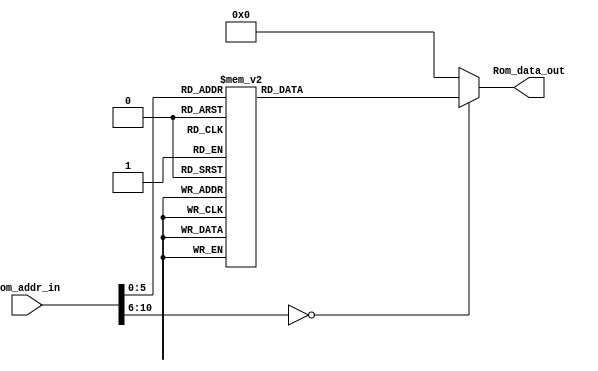
module Program_Rom(Rom_data_out, Rom_addr_in);

//---------
    output [13:0] Rom_data_out;
    input [10:0] Rom_addr_in; 
//---------
    
    reg   [13:0] data;
    wire  [13:0] Rom_data_out;
    
    always @(Rom_addr_in)
        begin
            case (Rom_addr_in)
                10'h0 : data = 14'h01A5;
                10'h1 : data = 14'h0103;
                10'h2 : data = 14'h3001;
                10'h3 : data = 14'h00A5;
                10'h4 : data = 14'h35A5;
                10'h5 : data = 14'h0825;
                10'h6 : data = 14'h008D;
                10'h7 : data = 14'h3003;
                10'h8 : data = 14'h00A0;
                10'h9 : data = 14'h01A1;
                10'ha : data = 14'h01A2;
                10'hb : data = 14'h0BA2;
                10'hc : data = 14'h280B;
                10'hd : data = 14'h0BA1;
                10'he : data = 14'h280A;
                10'hf : data = 14'h0BA0;
                10'h10 : data = 14'h2809;
                10'h11 : data = 14'h1FA5;
                10'h12 : data = 14'h2804;
                10'h13 : data = 14'h36A5;
                10'h14 : data = 14'h0825;
                10'h15 : data = 14'h008D;
                10'h16 : data = 14'h3003;
                10'h17 : data = 14'h00A0;
                10'h18 : data = 14'h01A1;
                10'h19 : data = 14'h01A2;
                10'h1a : data = 14'h0BA2;
                10'h1b : data = 14'h281A;
                10'h1c : data = 14'h0BA1;
                10'h1d : data = 14'h2819;
                10'h1e : data = 14'h0BA0;
                10'h1f : data = 14'h2818;
                10'h20 : data = 14'h1C25;
                10'h21 : data = 14'h2813;
                10'h22 : data = 14'h2804;
                10'h23 : data = 14'h3400;
                10'h24 : data = 14'h3400;
                default: data = 14'h0;   
            endcase
        end

     assign Rom_data_out = data;

endmodule